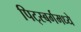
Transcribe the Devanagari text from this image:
पिट्स्बर्गमध्ये